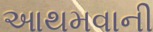
આથમવાની